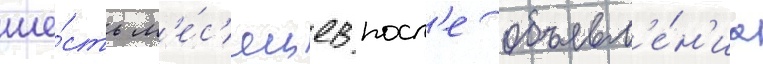
ше́сть м'е́с'яцев посл'е объявл'е́н'иа